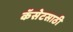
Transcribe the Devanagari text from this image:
कॅसेटसाठी